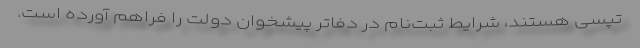
تپسی هستند، شرایط ثبت‌نام در دفاتر پیشخوان دولت را فراهم آورده است.